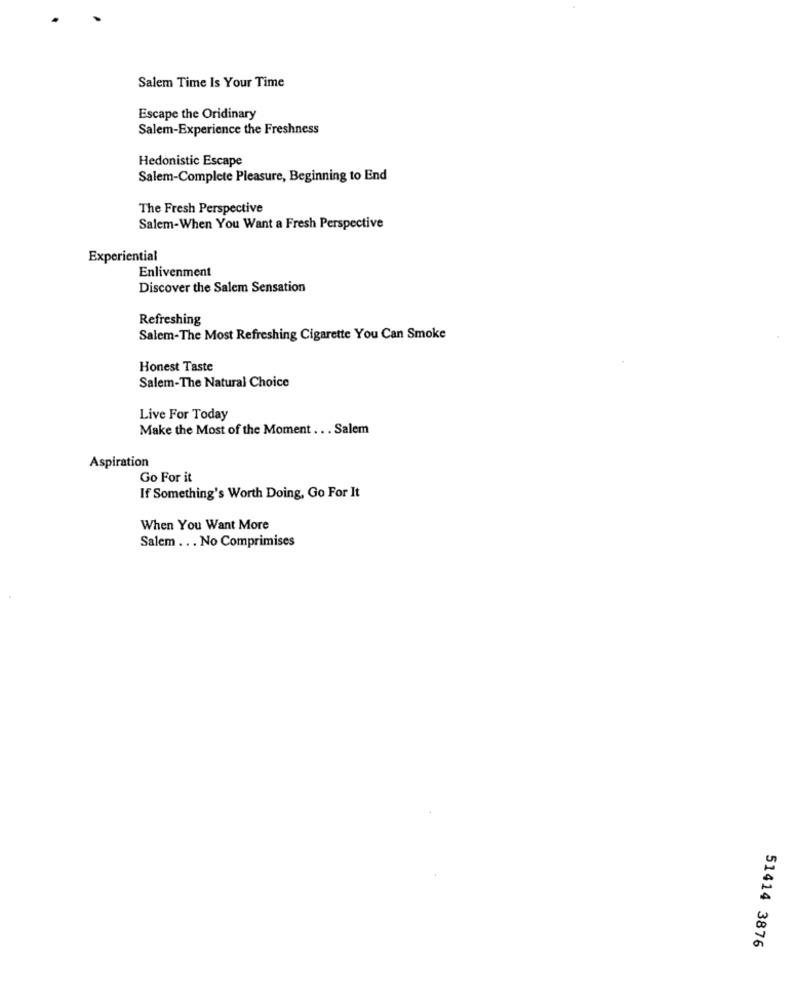
Salem Time Is Your Time
Escape the Oridinary
Salem-Experience the Freshness
Hedonistic Escape
Salem-Complete Pleasure, Beginning to End
The Fresh Perspective
Salem-When You Want a Fresh Perspective
Experiential
Enlivenment
Discover the Salem Sensation
Refreshing
Salem-The Most Refreshing Cigarette You Can Smoke
Honest Taste
Salem-The Natural Choice
Live For Today
Make the Most of the Moment .. . Salem
Aspiration
Go For it
If Something's Worth Doing, Go For It
When You Want More
Salem ... No Comprimises
51414 3876